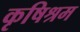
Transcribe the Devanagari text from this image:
कृषिश्रम